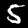
Label: 5